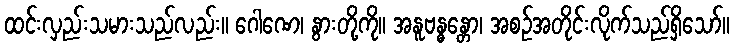
ထင်းလှည်းသမားသည်လည်း။ ဂေါဏေ၊ နွားတို့ကို။ အနူဗန္ဓန္တော၊ အစဉ်အတိုင်းလိုက်သည်ရှိသော်။